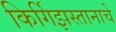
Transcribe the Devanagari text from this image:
किर्गिझस्तानाचे